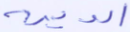
الدين